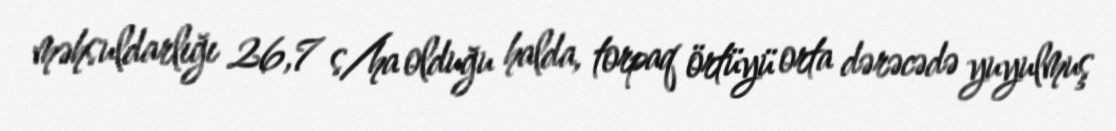
məhsuldarlığı 26,7 s/ha olduğu halda, torpaq örtüyü orta dərəcədə yuyulmuş